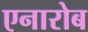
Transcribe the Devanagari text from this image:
एनारोब